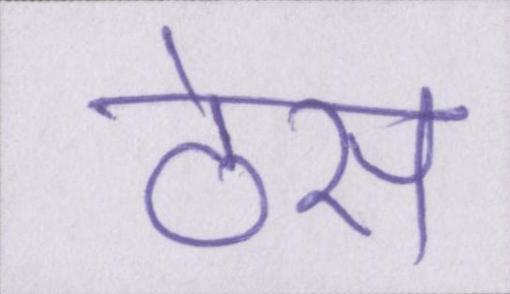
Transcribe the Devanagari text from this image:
ठेस